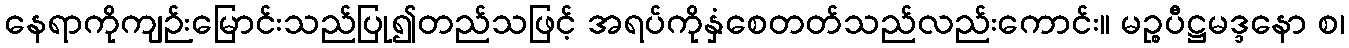
နေရာကိုကျဉ်းမြောင်းသည်ပြု၍တည်သဖြင့် အရပ်ကိုနှံစေတတ်သည်လည်းကောင်း။ မဉ္စပီဋ္ဌမဒ္ဒနော စ၊